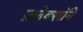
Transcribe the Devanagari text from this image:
फ़्लेक्शॉने